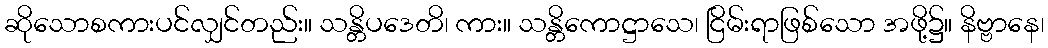
ဆိုသောစကားပင်လျှင်တည်း။ သန္တိပဒေတိ၊ ကား။ သန္တိကောဋ္ဌာသေ၊ ငြိမ်းရာဖြစ်သော အဖို့၌။ နိဗ္ဗာနေ၊